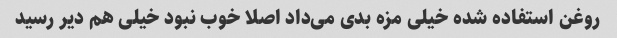
روغن استفاده شده خیلی مزه بدی می‌داد اصلا خوب نبود خیلی هم دیر رسید